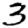
Digit: 3